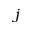
j